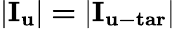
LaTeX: {\mathbf{|}}{{\mathbf{I}}_{\mathbf{u}}}{\mathbf{|=|}}{{\mathbf{I}}_{{\mathbf{u-tar}}}}{\mathbf{|}}